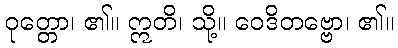
ဝုတ္တော၊ ၏။ ဣတိ၊ သို့။ ဝေဒိတဗ္ဗော၊ ၏။